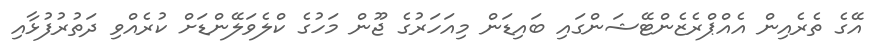
އޭގެ ތެރެއިން އެއްޕްރެޒެންޓޭޝަންގައި ބައިޑަން މިއަހަރުގެ ޖޫން މަހުގެ ކްލެވަލޭންޑަށް ކުރެއްވި ދަތުރުފުޅާއި